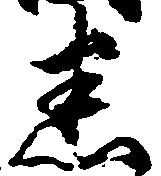
悉